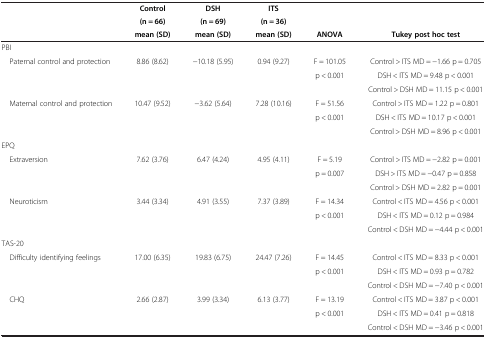
<table><thead><tr><td rowspan="2"><b> </b></td><td><b>Control</b></td><td><b>DSH</b></td><td><b>ITS</b></td><td rowspan="2"><b> </b></td><td rowspan="2"><b> </b></td></tr><tr><td><b>(n = 66)</b></td><td><b>(n = 69)</b></td><td><b>(n = 36)</b></td></tr><tr><td><b> </b></td><td><b>mean (SD)</b></td><td><b>mean (SD)</b></td><td><b>mean (SD)</b></td><td><b>ANOVA</b></td><td><b>Tukey post hoc test</b></td></tr></thead><tbody><tr><td>PBI</td><td> </td><td> </td><td> </td><td> </td><td> </td></tr><tr><td rowspan="3"> Paternal control and protection</td><td rowspan="3">8.86 (8.62)</td><td rowspan="3">−10.18 (5.95)</td><td rowspan="3">0.94 (9.27)</td><td>F = 101.05</td><td>Control &gt; ITS MD = −1.66 p = 0.705</td></tr><tr><td>p &lt; 0.001</td><td>DSH &lt; ITS MD = 9.48 p &lt; 0.001</td></tr><tr><td> </td><td>Control &gt; DSH MD = 11.15 p &lt; 0.001</td></tr><tr><td rowspan="3"> Maternal control and protection</td><td rowspan="3">10.47 (9.52)</td><td rowspan="3">−3.62 (5.64)</td><td rowspan="3">7.28 (10.16)</td><td>F = 51.56</td><td>Control &gt; ITS MD = 1.22 p = 0.801</td></tr><tr><td>p &lt; 0.001</td><td>DSH &lt; ITS MD = 10.17 p &lt; 0.001</td></tr><tr><td> </td><td>Control &gt; DSH MD = 8.96 p &lt; 0.001</td></tr><tr><td>EPQ</td><td> </td><td> </td><td> </td><td> </td><td> </td></tr><tr><td rowspan="3"> Extraversion</td><td rowspan="3">7.62 (3.76)</td><td rowspan="3">6.47 (4.24)</td><td rowspan="3">4.95 (4.11)</td><td>F = 5.19</td><td>Control &gt; ITS MD = −2.82 p = 0.001</td></tr><tr><td>p = 0.007</td><td>DSH &gt; ITS MD = −0.47 p = 0.858</td></tr><tr><td> </td><td>Control &gt; DSH MD = 2.82 p = 0.001</td></tr><tr><td rowspan="3"> Neuroticism</td><td rowspan="3">3.44 (3.34)</td><td rowspan="3">4.91 (3.55)</td><td rowspan="3">7.37 (3.89)</td><td>F = 14.34</td><td>Control &lt; ITS MD = 4.56 p &lt; 0.001</td></tr><tr><td>p &lt; 0.001</td><td>DSH &lt; ITS MD = 0.12 p = 0.984</td></tr><tr><td> </td><td>Control &lt; DSH MD = −4.44 p &lt; 0.001</td></tr><tr><td>TAS-20</td><td> </td><td> </td><td> </td><td> </td><td> </td></tr><tr><td rowspan="3"> Difficulty identifying feelings</td><td rowspan="3">17.00 (6.35)</td><td rowspan="3">19.83 (6.75)</td><td rowspan="3">24.47 (7.26)</td><td>F = 14.45</td><td>Control &lt; ITS MD = 8.33 p &lt; 0.001</td></tr><tr><td>p &lt; 0.001</td><td>DSH &lt; ITS MD = 0.93 p = 0.782</td></tr><tr><td> </td><td>Control &lt; DSH MD = −7.40 p &lt; 0.001</td></tr><tr><td rowspan="3"> CHQ</td><td rowspan="3">2.66 (2.87)</td><td rowspan="3">3.99 (3.34)</td><td rowspan="3">6.13 (3.77)</td><td>F = 13.19</td><td>Control &lt; ITS MD = 3.87 p &lt; 0.001</td></tr><tr><td>p &lt; 0.001</td><td>DSH &lt; ITS MD = 0.41 p = 0.818</td></tr><tr><td> </td><td>Control &lt; DSH MD = −3.46 p &lt; 0.001</td></tr></tbody></table>